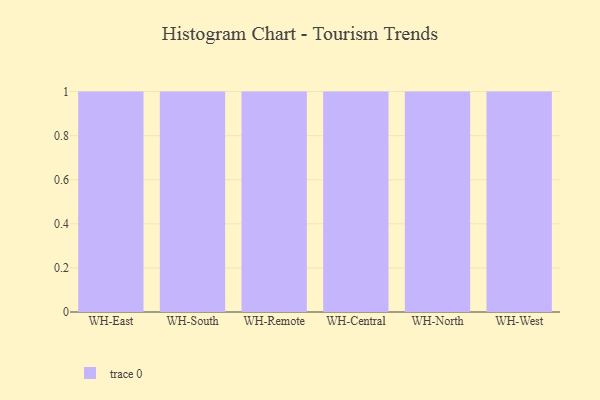
{"axis": {"x": "Warehouse", "y": "Revenue (USD Million)"}, "legend": [""], "data": [{"x": "WH-East", "y": 33, "type": ""}, {"x": "WH-South", "y": 39, "type": ""}, {"x": "WH-Remote", "y": 25, "type": ""}, {"x": "WH-Central", "y": 50, "type": ""}, {"x": "WH-North", "y": 81, "type": ""}, {"x": "WH-West", "y": 7, "type": ""}]}